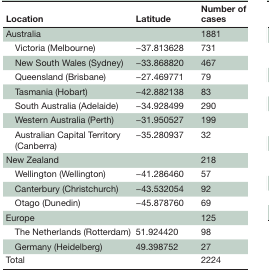
<table><thead><tr><td><b>Location</b></td><td><b>Latitude</b></td><td><b>Number of cases</b></td></tr></thead><tbody><tr><td>Australia</td><td>[EMPTY_CELL]</td><td>1881</td></tr><tr><td> Victoria (Melbourne)</td><td>−37.813628</td><td>731</td></tr><tr><td> New South Wales (Sydney)</td><td>−33.868820</td><td>467</td></tr><tr><td> Queensland (Brisbane)</td><td>−27.469771</td><td>79</td></tr><tr><td> Tasmania (Hobart)</td><td>−42.882138</td><td>83</td></tr><tr><td> South Australia (Adelaide)</td><td>−34.928499</td><td>290</td></tr><tr><td> Western Australia (Perth)</td><td>−31.950527</td><td>199</td></tr><tr><td> Australian Capital Territory (Canberra)</td><td>−35.280937</td><td>32</td></tr><tr><td>New Zealand</td><td>[EMPTY_CELL]</td><td>218</td></tr><tr><td> Wellington (Wellington)</td><td>−41.286460</td><td>57</td></tr><tr><td> Canterbury (Christchurch)</td><td>−43.532054</td><td>92</td></tr><tr><td> Otago (Dunedin)</td><td>−45.878760</td><td>69</td></tr><tr><td>Europe</td><td>[EMPTY_CELL]</td><td>125</td></tr><tr><td> The Netherlands (Rotterdam)</td><td>51.924420</td><td>98</td></tr><tr><td> Germany (Heidelberg)</td><td>49.398752</td><td>27</td></tr><tr><td>Total</td><td>[EMPTY_CELL]</td><td>2224</td></tr></tbody></table>